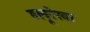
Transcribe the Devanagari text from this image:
ब्लूरेखा